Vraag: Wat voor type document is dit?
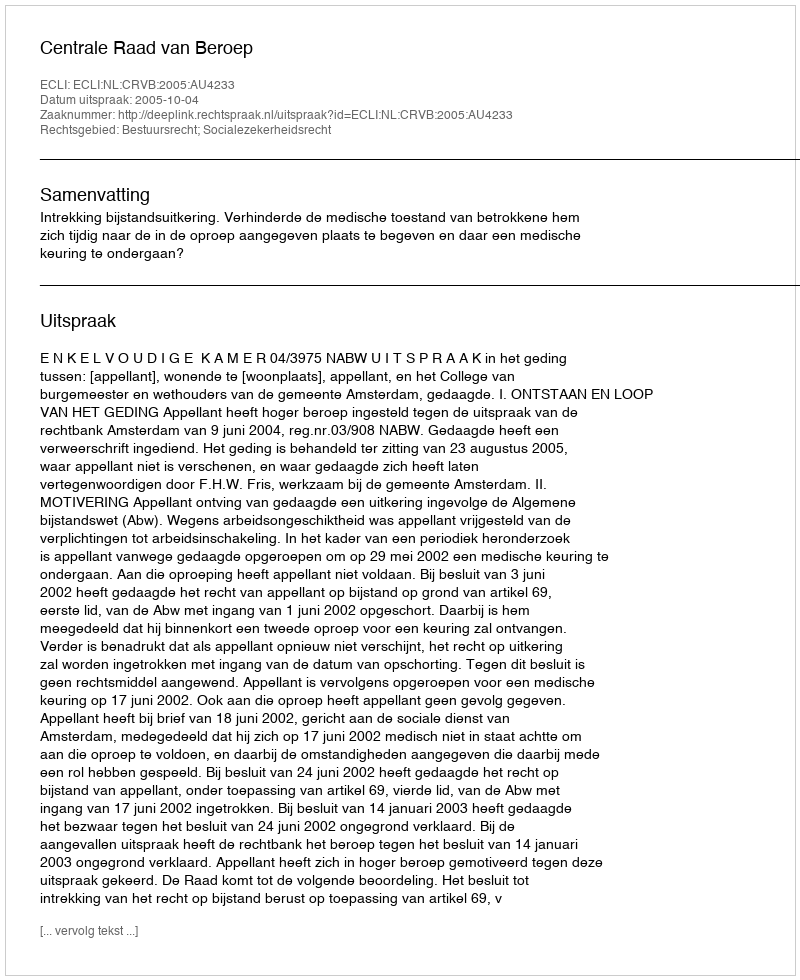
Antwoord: Uitspraak